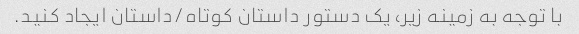
با توجه به زمینه زیر، یک دستور داستان کوتاه/داستان ایجاد کنید.